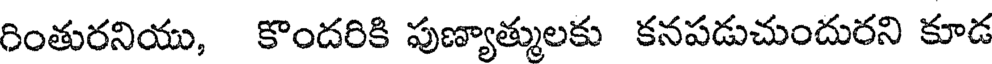
రింతురనియు, కొందరికి పుణ్యాత్ములకు కనపడుచుందురని కూడ